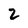
Character: 2